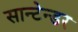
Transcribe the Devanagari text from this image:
सान्टेन्डर